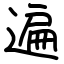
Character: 遍